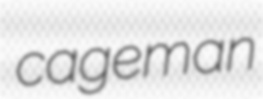
cageman